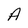
Character: A